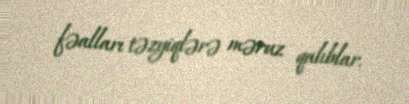
fəalları təzyiqlərə məruz qalıblar.